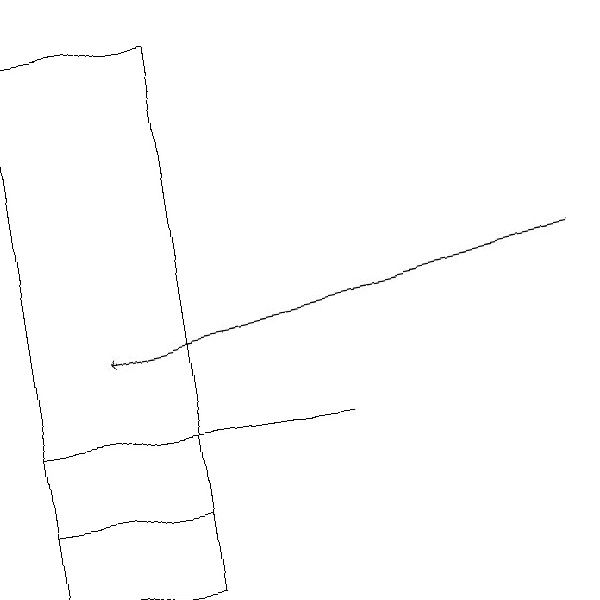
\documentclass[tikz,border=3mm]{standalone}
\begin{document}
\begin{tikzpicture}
\draw[->] (7,15) -- (1,14);
\draw (0,11) rectangle (2,18);
\draw (0,12) rectangle (2,13);
\draw (0,13) rectangle (4,13);
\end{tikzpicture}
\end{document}